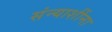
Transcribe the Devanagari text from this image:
संन्याशींना